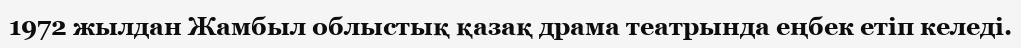
1972 жылдан Жамбыл облыстық қазақ драма театрында еңбек етіп келеді.